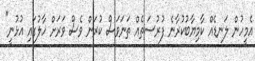
އެމީހުން ލަނޑެއް ކާމިޔާބުކުރާނެ ފުރުސަތެއް ތަނަވަސް ކުރަން ވެސް ވަރަށް ހާލުގައި އުޅުނީ"